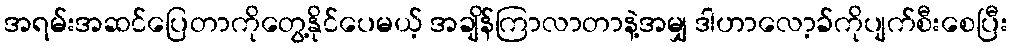
အရမ်းအဆင်ပြေတာကိုတွေ့နိုင်ပေမယ့် အချိန်ကြာလာတာနဲ့အမျှ ဒါဟာလော့ခ်ကိုပျက်စီးစေပြီး